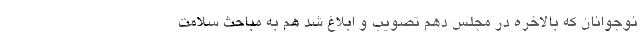
نوجوانان که بالاخره در مجلس دهم تصویب و ابلاغ شد هم به مباحث سلامت